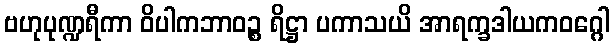
ဗဟုပုဏ္ဍရီကာ ဝိပါကဘာဝဉ္စ ရိဋ္ဌာ ပကာသယိ အာရက္ခဒါယကဝဂ္ဂေါ